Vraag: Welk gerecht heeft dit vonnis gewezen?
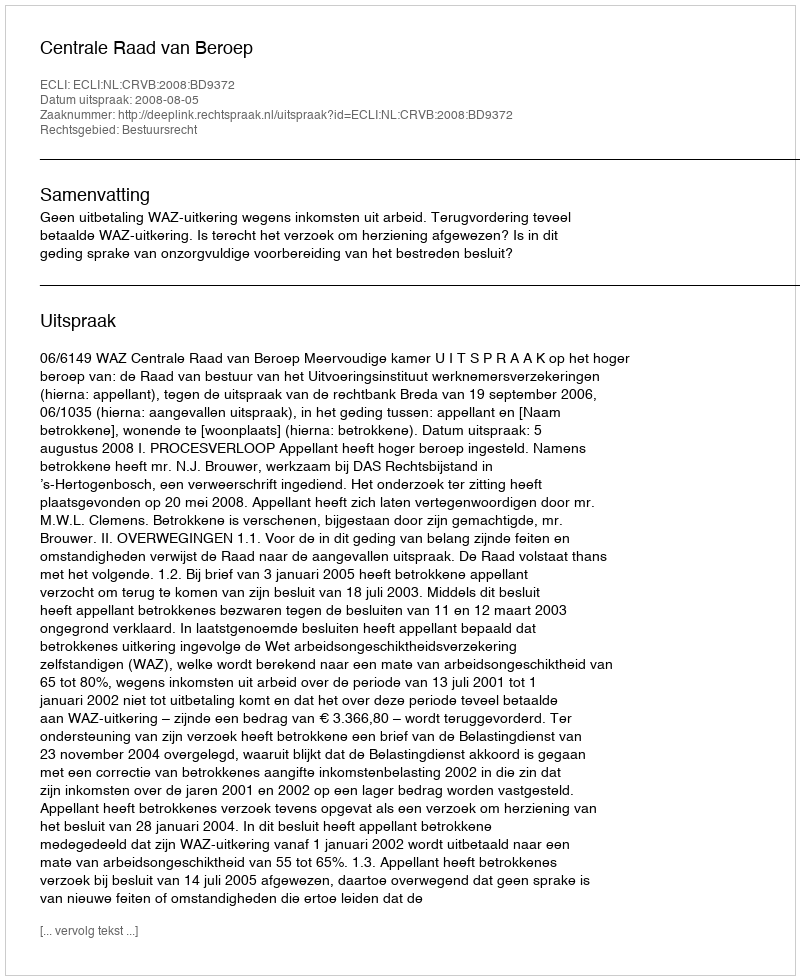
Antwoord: Centrale Raad van Beroep